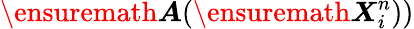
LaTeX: \ensuremath{\boldsymbol{A}}(\ensuremath{\boldsymbol{X}}_{i}^{n}))